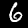
Digit: 6